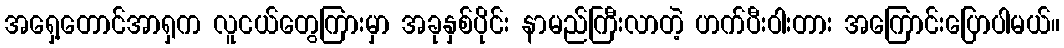
အရှေ့တောင်အာရှက လူငယ်တွေကြားမှာ အခုနှစ်ပိုင်း နာမည်ကြီးလာတဲ့ ဟက်ပီးဝါးတား အကြောင်းပြောပါမယ်။